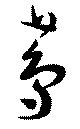
蔦